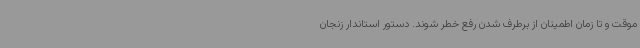
موقت و تا زمان اطمینان از برطرف شدن رفع خطر شوند. دستور استاندار زنجان